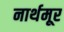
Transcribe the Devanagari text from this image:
नार्थमूर